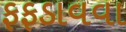
ફફડાવવા